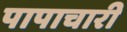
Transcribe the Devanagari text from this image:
पापाचारी